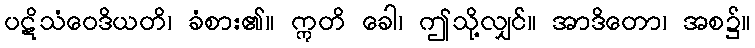
ပဋိသံဝေဒိယတိ၊ ခံစား၏။ ဣတိ ခေါ၊ ဤသို့လျှင်။ အာဒိတော၊ အစ၌။